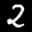
Label: 2